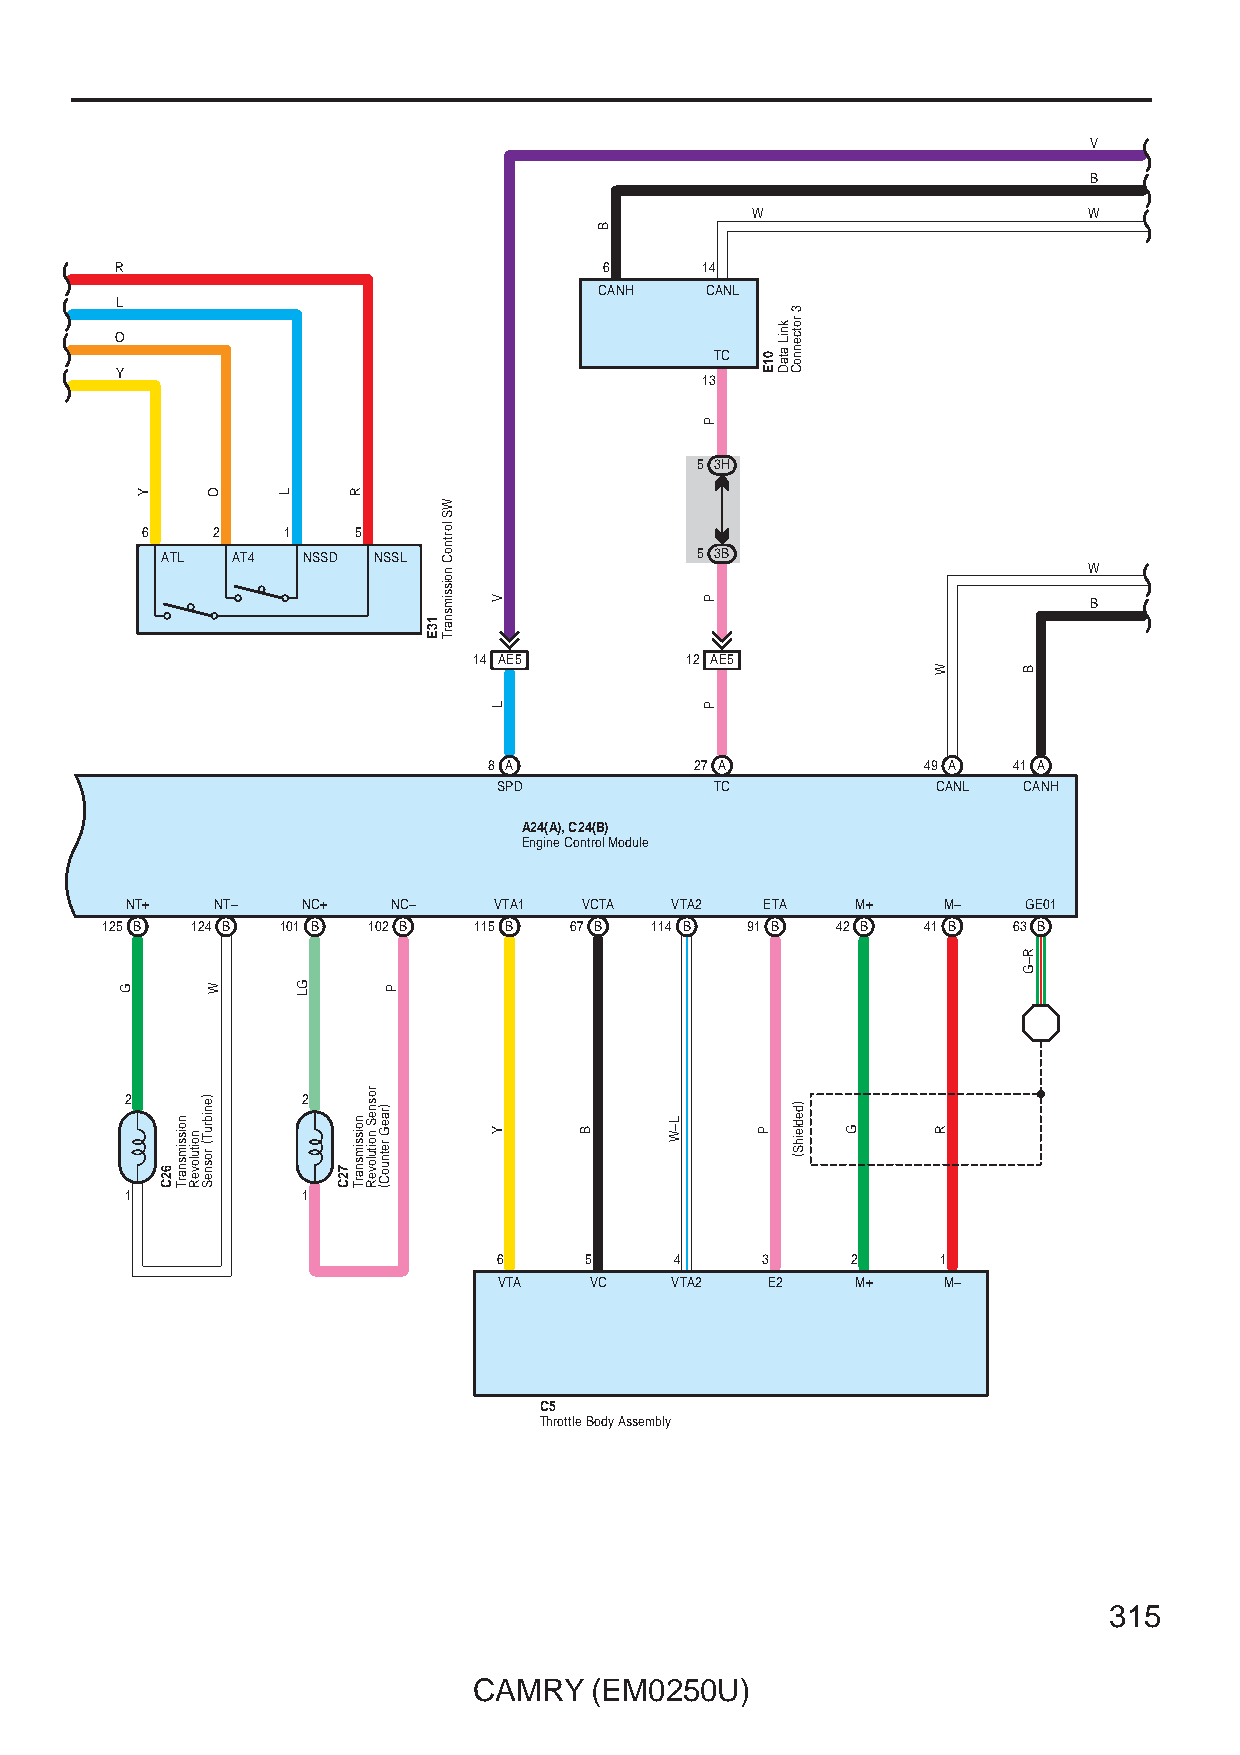
V
 B
 W                     W
 R                               6     14
 CANH   CANL
 L
 O
 TC
 Y
 13
 5 3H
 6    2    1   5
 ATL AT4  NSSD NSSL                 5 3B
 W
 B
 14 AE5        12 AE5
 8 A           27 A           49 A  41 A
 SPD           TC             CANL  CANH
 A24(A), C24(B)
 Engine Control Module
 NT+   NT–   NC+   NC–    VTA1 VCTA  VTA2   ETA   M+   M–    GE01
 125 B 124 B 101 B 102 B 115 B  67 B 114 B 91 B  42 B  41 B  63 B
 2           2
 1           1
 6     5     4    3     2     1
 VTA   VC   VTA2   E2    M+   M–
 C5
 Throttle Body Assembly
 315
 CAMRY   (EM0250U)
 G
 Y
 62C
 noissimsnarT
 noituloveR
 )enibruT(
 rosneS
 O
 W
 L
 GL
 72C
 R
 noissimsnarT
 rosneS
 noituloveR
 )raeG
 retnuoC(
 P
 13E
 WS
 lortnoC
 noissimsnarT
 V
 L
 Y     B
 B
 L–W
 P
 P
 P
 01E
 P
 kniL
 ataD
 3
 rotcennoC
 )dedleihS(
 G
 W
 R
 B
 R–G